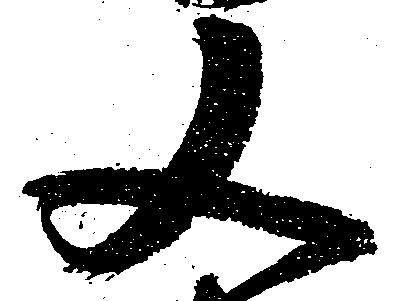
又